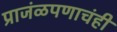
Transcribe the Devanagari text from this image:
प्राजंळपणाचंही